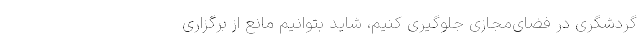
گردشگری در فضای‌مجازی جلوگیری کنیم، شاید بتوانیم مانع از برگزاری